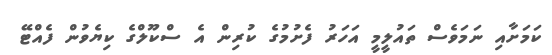
ކަމަށާއި ނަމަވެސް ތައުލީމީ އަހަރު ފެށުމުގެ ކުރިން އެ ސްކޫލްގެ ކިޔެވުން ފެއްޓޭ